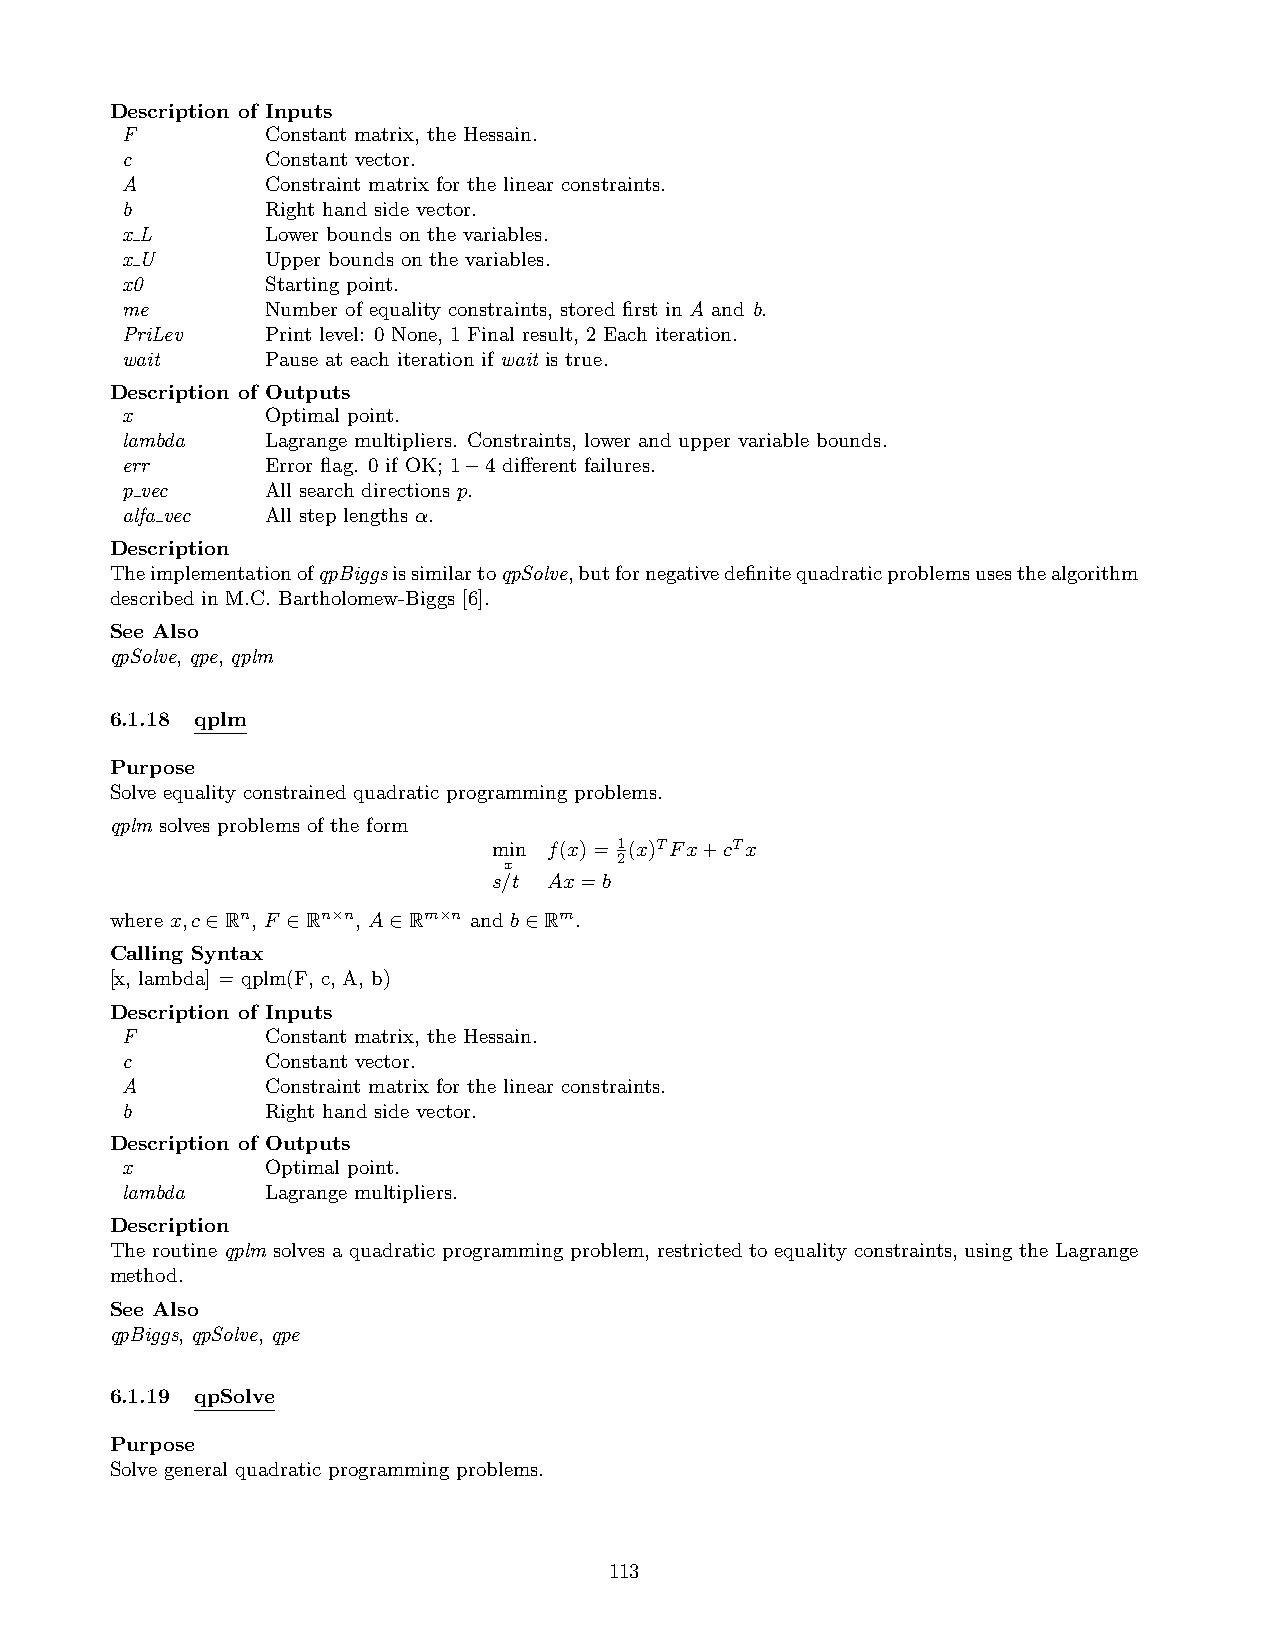
Description of Inputs
 F         Constant matrix, the Hessain.
 c         Constant vector.
 A         Constraint matrix for the linear constraints.
 b         Right hand side vector.
 x L       Lower bounds on the variables.
 x U       Upper bounds on the variables.
 x0        Starting point.
 me        Number of equality constraints, stored first in A and b.
 PriLev    Print level: 0 None, 1 Final result, 2 Each iteration.
 wait      Pause at each iteration if wait is true.
 Description of Outputs
 x         Optimal point.
 lambda    Lagrange multipliers. Constraints, lower and upper variable bounds.
 err       Error flag. 0 if OK; 1−4 different failures.
 p vec     All search directions p.
 alfa vec  All step lengths α.
 Description
 TheimplementationofqpBiggsissimilartoqpSolve,butfornegativedefinitequadraticproblemsusesthealgorithm
 described in M.C. Bartholomew-Biggs [6].
 See Also
 qpSolve, qpe, qplm
 6.1.18 qplm
 Purpose
 Solve equality constrained quadratic programming problems.
 qplm solves problems of the form
 min f(x)= 1 (x)TFx+cTx
 2
 x
 s/t Ax=b
 where x,c∈Rn, F ∈Rn×n, A∈Rm×n and b∈Rm.
 Calling Syntax
 [x, lambda] = qplm(F, c, A, b)
 Description of Inputs
 F         Constant matrix, the Hessain.
 c         Constant vector.
 A         Constraint matrix for the linear constraints.
 b         Right hand side vector.
 Description of Outputs
 x         Optimal point.
 lambda    Lagrange multipliers.
 Description
 The routine qplm solves a quadratic programming problem, restricted to equality constraints, using the Lagrange
 method.
 See Also
 qpBiggs, qpSolve, qpe
 6.1.19 qpSolve
 Purpose
 Solve general quadratic programming problems.
 113